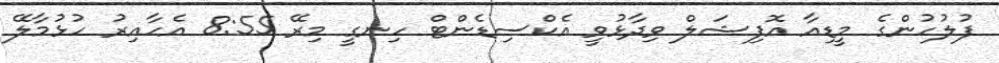
ފުލުހުންގެ މީޑިއާ އޮފިޝަލް ވިދާޅުވީ އެކްސިޑެންޓް ހިނގީ މިރޭ 8:55 އެހާއިރު ހުޅުމާލޭ